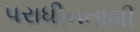
પરાધીનતાથી